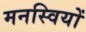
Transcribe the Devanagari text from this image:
मनस्वियों